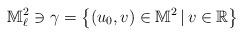
LaTeX: \begin{align*} \mathbb{M}^2_{\ell} \ni \gamma = \left\{ (u_0, v) \in \mathbb{M}^2 \,|\, v \in \mathbb{R} \right\}\end{align*}